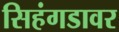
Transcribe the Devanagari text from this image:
सिहंगडावर